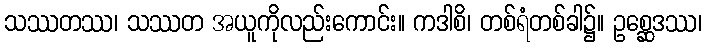
သဿတဿ၊ သဿတ အယူကိုလည်းကောင်း။ ကဒါစိ၊ တစ်ရံတစ်ခါ၌။ ဥစ္ဆေဒဿ၊